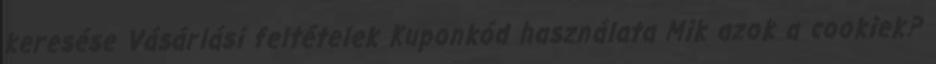
keresése Vásárlási feltételek Kuponkód használata Mik azok a cookiek?